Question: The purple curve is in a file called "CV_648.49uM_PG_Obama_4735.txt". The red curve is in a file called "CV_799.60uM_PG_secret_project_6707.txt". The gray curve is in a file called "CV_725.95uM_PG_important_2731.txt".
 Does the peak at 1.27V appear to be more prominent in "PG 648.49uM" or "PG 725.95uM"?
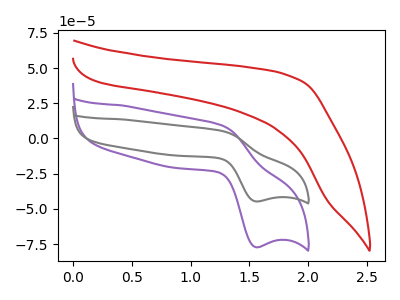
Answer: <think>The purple curve "PG 648.49uM" has an anodic peak at (1.25V, 9.25uA) and a cathodic peak at (1.55V, -77.20uA). The red curve "PG 799.60uM" has no peaks. The gray curve "PG 725.95uM" has an anodic peak at (1.25V, 5.35uA) and a cathodic peak at (1.55V, -44.65uA).</think>
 <answer>The peak at 1.27V is higher in "PG 648.49uM" than in "PG 725.95uM".</answer>
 <eval>higher</eval>